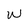
Character: w